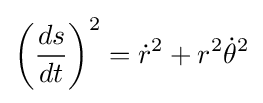
\left({\frac {ds}{dt}}\right)^{2}={\dot {r}}^{2}+r^{2}{\dot {\theta }}^{2}